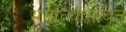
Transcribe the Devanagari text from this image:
मसाल्यासोबत